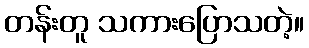
တန်းတူ သကားပြောသတဲ့။